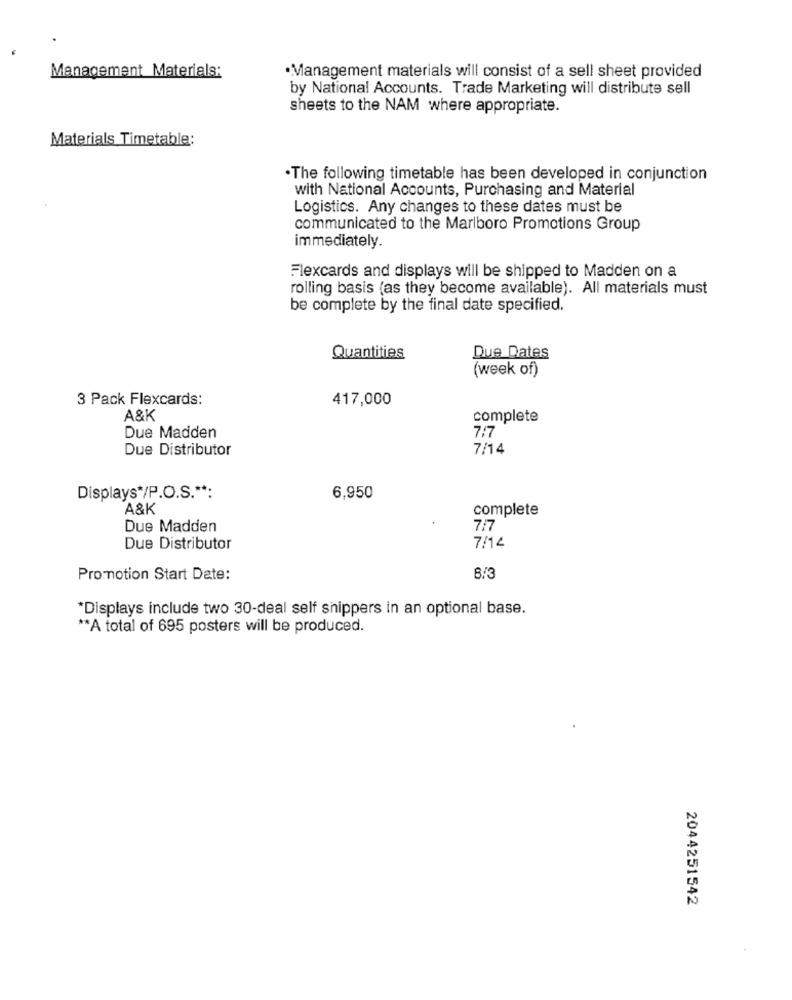
Management Materials:
·Management materials will consist of a sell sheet provided
by National Accounts. Trade Marketing will distribute sell
sheets to the NAM where appropriate.
Materials Timetable:
.The following timetable has been developed in conjunction
with National Accounts, Purchasing and Material
Logistics. Any changes to these dates must be
communicated to the Marlboro Promotions Group
immediately.
Flexcards and displays will be shipped to Madden on a
rolling basis (as they become available). All materials must
be complete by the final date specified.
Quantities
Due Dates
(week of)
3 Pack Flexcards:
417,000
A&K
complete
Due Madden
7/7
Due Distributor
7/14
Displays*/P.O.S .**:
6,950
A&K
complete
Due Madden
7/7
7/14
Due Distributor
Promotion Start Date:
8/3
*Displays include two 30-deal self shippers in an optional base.
** A total of 695 posters will be produced.
2044251542